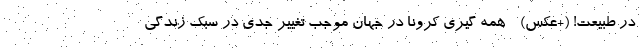
در طبیعت! (+عکس) - همه گیری کرونا در جهان موجب تغییر جدی در سبک زندگی